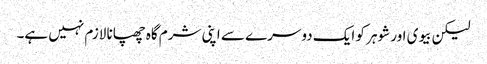
لیکن بیوی اور شوہر کو ایک دوسرے سے اپنی شرم گاہ چھپانا لازم نہیں ہے۔